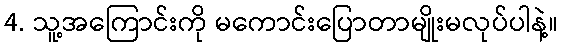
4. သူ့အကြောင်းကို မကောင်းပြောတာမျိုးမလုပ်ပါနဲ့။